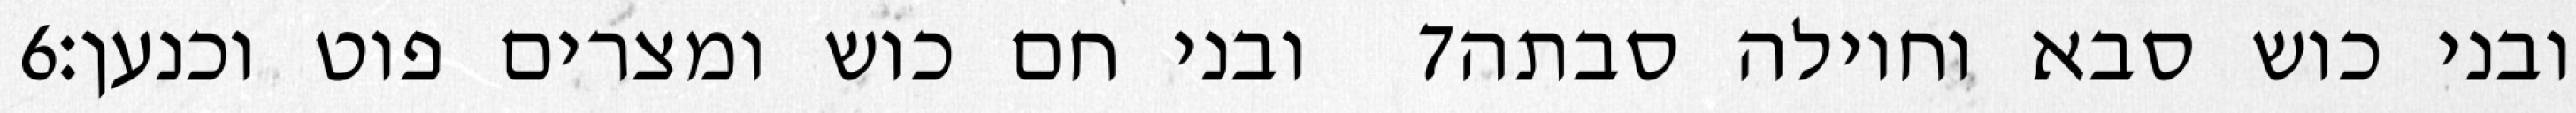
‎6‏ ובני חם כוש ומצרים פוט וכנען׃ ‎7‏ ובני כוש סבא וחוילה סבתה